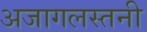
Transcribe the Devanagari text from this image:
अजागलस्तनी